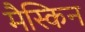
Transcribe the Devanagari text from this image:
मैस्किन